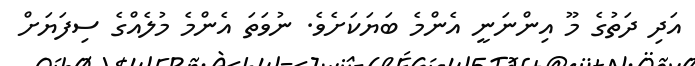
އަދި ދަތުގެ މޫ އިންނަނީ އެންމެ ބަޔަކަށެވެ. ނުވަތަ އެންމެ މުލެއްގެ ސިފަޔަށް